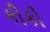
કીકી